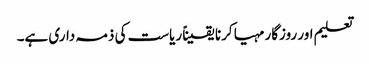
تعلیم اور روزگار مہیا کرنا یقیناً ریاست کی ذمہ داری ہے۔